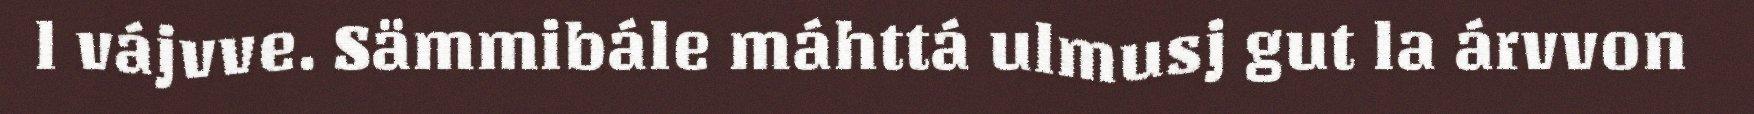
l vájvve. Sämmibále máhttá ulmusj gut la árvvon